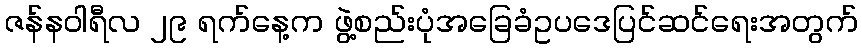
ဇန်နဝါရီလ ၂၉ ရက်နေ့က ဖွဲ့စည်းပုံအခြေခံဥပဒေပြင်ဆင်ရေးအတွက်